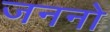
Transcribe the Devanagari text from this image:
जननो